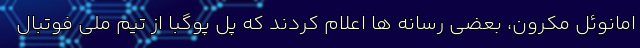
امانوئل مکرون، بعضی رسانه ها اعلام کردند که پل پوگبا از تیم ملی فوتبال